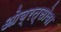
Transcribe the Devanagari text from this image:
ओब्रत्सोवा